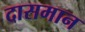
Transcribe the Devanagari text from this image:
दासमान